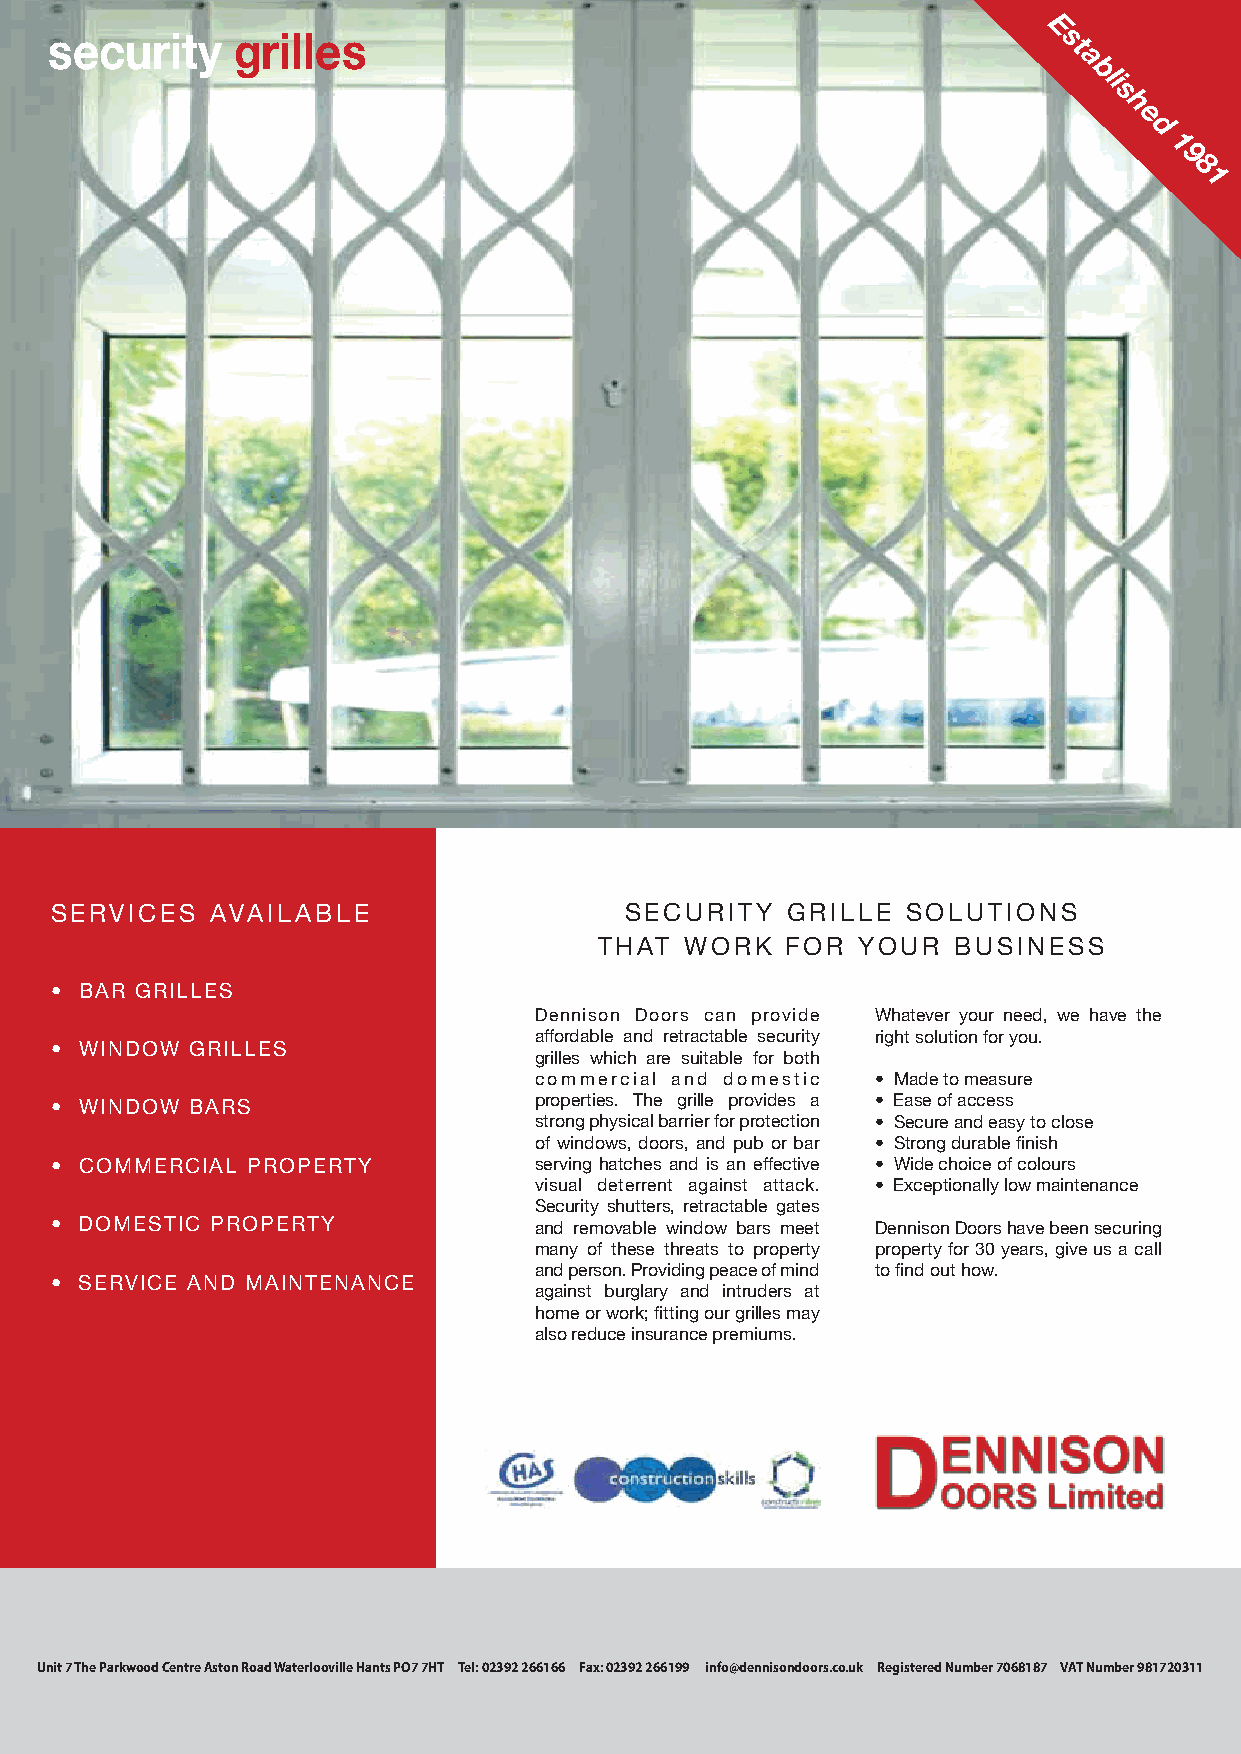
E
 security    grilles                                                s
 t
 a
 bli
 s
 h
 e
 d
 1
 9
 8
 1
 SERVICES   AVAILABLE                  SECURITY   GRILLE  SOLUTIONS
 THAT WORK   FOR  YOUR  BUSINESS
 • BAR GRILLES
 Dennison Doors can provide Whatever your need, we have the
 affordable and retractable security right solution for you.
 • WINDOW GRILLES
 grilles which are suitable for both
 commercial and domestic • Made to measure
 • WINDOW BARS                   properties. The grille provides a • Ease of access
 strong physical barrier for protection • Secure and easy to close
 of windows, doors, and pub or bar • Strong durable finish
 • COMMERCIAL PROPERTY           serving hatches and is an effective • Wide choice of colours
 visual deterrent against attack. • Exceptionally low maintenance
 Security shutters, retractable gates
 • DOMESTIC PROPERTY             and removable window bars meet Dennison Doors have been securing
 many of these threats to property property for 30 years, give us a call
 and person. Providing peace of mind to find out how.
 • SERVICE AND MAINTENANCE
 against burglary and intruders at
 home or work; fitting our grilles may
 also reduce insurance premiums.
 Unit 7 The Parkwood Centre Aston Road Waterlooville Hants PO7 7HT Tel: 02392 266166 Fax: 02392 266199 info@dennisondoors.co.uk Registered Number 7068187 VAT Number 981720311